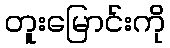
တူးမြောင်းကို